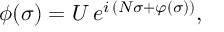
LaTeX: \phi ( \sigma ) = U \, e ^ { i \, ( N \sigma + \varphi ( \sigma ) ) } ,